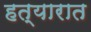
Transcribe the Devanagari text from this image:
हत्यारात